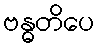
ဗန္ဓတိပေ